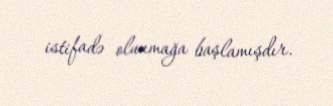
istifadə olunmağa başlamışdır.